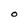
Character: O